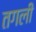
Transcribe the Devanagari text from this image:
तगली